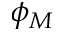
\phi _ { M }